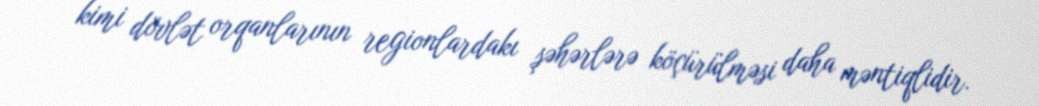
kimi dövlət orqanlarının regionlardakı şəhərlərə köçürülməsi daha məntiqlidir.